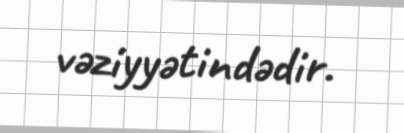
vəziyyətindədir.